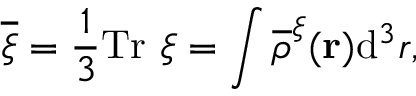
\overline { { \xi } } = \frac { 1 } { 3 } \mathrm { T r } ~ \boldsymbol { \xi } = \int \overline { { \rho } } ^ { \xi } ( { \bf r } ) \mathrm { d } ^ { 3 } r ,